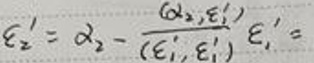
$\varepsilon_{2}^{\prime}=\alpha_{2}-\frac{(\alpha_{2}, \varepsilon_{1}^{\prime})}{(\varepsilon_{1}^{\prime}, \varepsilon_{1}^{\prime})} \varepsilon_{1}^{\prime}=$